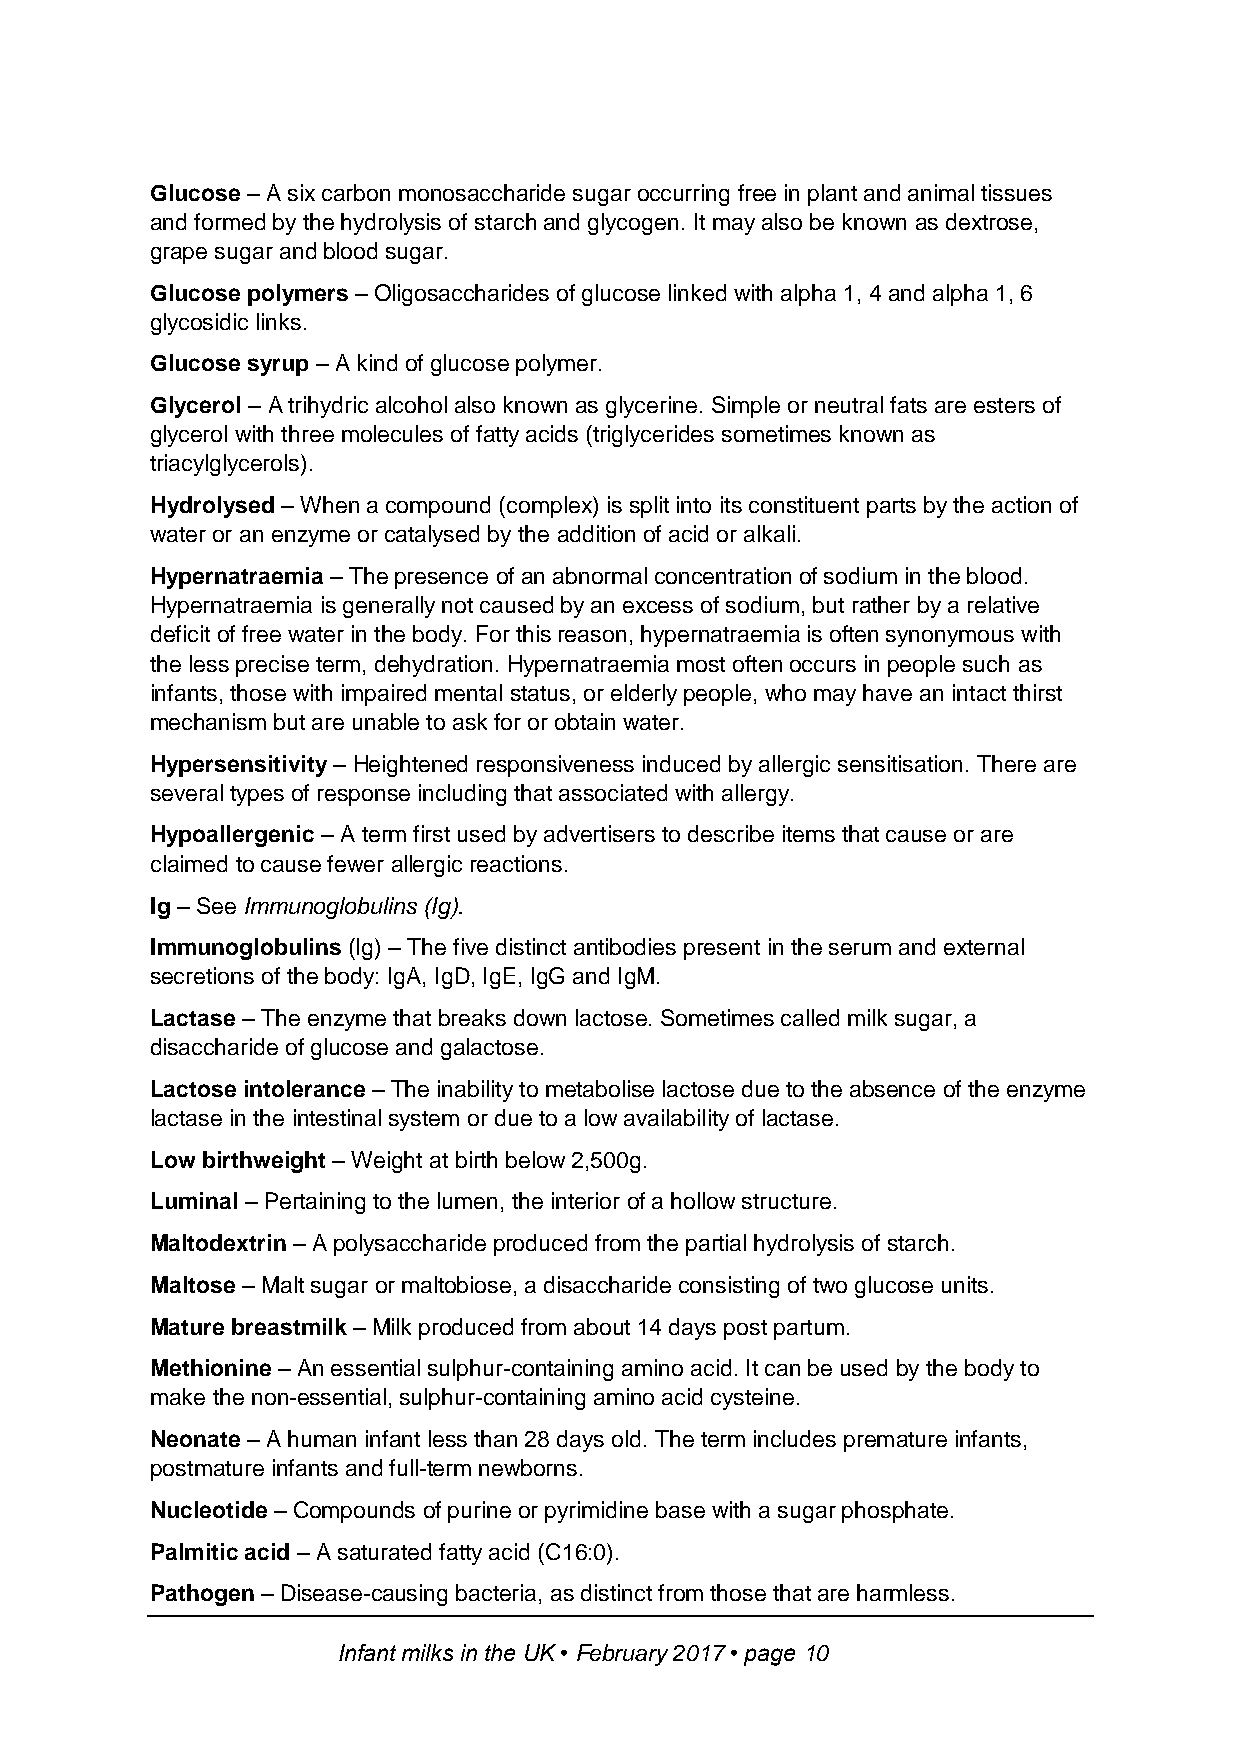
Glucose – A six carbon monosaccharide sugar occurring free in plant and animal tissues
 and formed by the hydrolysis of starch and glycogen. It may also be known as dextrose,
 grape sugar and blood sugar.
 Glucose polymers – Oligosaccharides of glucose linked with alpha 1, 4 and alpha 1, 6
 glycosidic links.
 Glucose syrup – A kind of glucose polymer.
 Glycerol – A trihydric alcohol also known as glycerine. Simple or neutral fats are esters of
 glycerol with three molecules of fatty acids (triglycerides sometimes known as
 triacylglycerols).
 Hydrolysed – When a compound (complex) is split into its constituent parts by the action of
 water or an enzyme or catalysed by the addition of acid or alkali.
 Hypernatraemia – The presence of an abnormal concentration of sodium in the blood.
 Hypernatraemia is generally not caused by an excess of sodium, but rather by a relative
 deficit of free water in the body. For this reason, hypernatraemia is often synonymous with
 the less precise term, dehydration. Hypernatraemia most often occurs in people such as
 infants, those with impaired mental status, or elderly people, who may have an intact thirst
 mechanism but are unable to ask for or obtain water.
 Hypersensitivity – Heightened responsiveness induced by allergic sensitisation. There are
 several types of response including that associated with allergy.
 Hypoallergenic – A term first used by advertisers to describe items that cause or are
 claimed to cause fewer allergic reactions.
 Ig – See Immunoglobulins (Ig).
 Immunoglobulins (Ig) – The five distinct antibodies present in the serum and external
 secretions of the body: IgA, IgD, IgE, IgG and IgM.
 Lactase – The enzyme that breaks down lactose. Sometimes called milk sugar, a
 disaccharide of glucose and galactose.
 Lactose intolerance – The inability to metabolise lactose due to the absence of the enzyme
 lactase in the intestinal system or due to a low availability of lactase.
 Low birthweight – Weight at birth below 2,500g.
 Luminal – Pertaining to the lumen, the interior of a hollow structure.
 Maltodextrin – A polysaccharide produced from the partial hydrolysis of starch.
 Maltose – Malt sugar or maltobiose, a disaccharide consisting of two glucose units.
 Mature breastmilk – Milk produced from about 14 days post partum.
 Methionine – An essential sulphur-containing amino acid. It can be used by the body to
 make the non-essential, sulphur-containing amino acid cysteine.
 Neonate – A human infant less than 28 days old. The term includes premature infants,
 postmature infants and full-term newborns.
 Nucleotide – Compounds of purine or pyrimidine base with a sugar phosphate.
 Palmitic acid – A saturated fatty acid (C16:0).
 Pathogen – Disease-causing bacteria, as distinct from those that are harmless.
 Infant milks in the UK • February 2017 • page 10